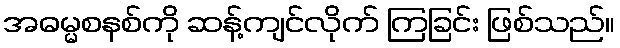
အဓမ္မစနစ်ကို ဆန့်ကျင်လိုက် ကြခြင်း ဖြစ်သည်။